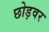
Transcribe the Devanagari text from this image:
छोड़वर